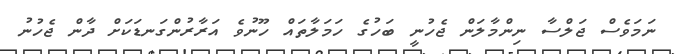
ނަމަވެސް ޖަލްސާ ނިންމާލަން ޖެހުނީ ބަހުގެ ހަމަލާތައް ހޫނުވެ އަރާރުންގަނޑަކަށް ދާން ޖެހުނު